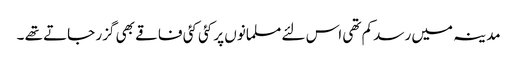
مدینہ میں رسد کم تھی اس لئے مسلمانوں پر کئی کئی فاقے بھی گزر جاتے تھے ۔